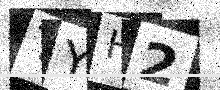
Text: TYH2